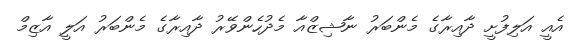
އެއީ އަލިފުށީ ދާއިރާގެ މެންބަރު ނާޝިޒްއާ މެދުހެންވޭރު ދާއިރާގެ މެންބަރު އަލީ އާޒިމް